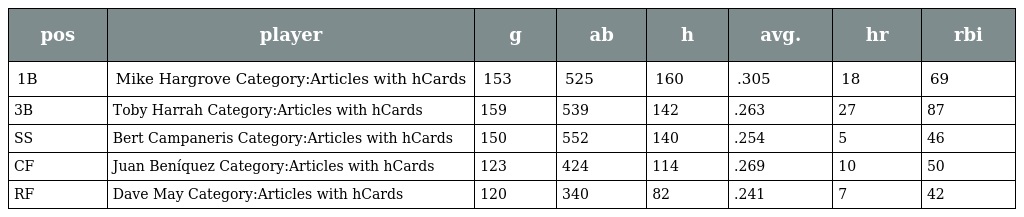
| pos | player | g | ab | h | avg. | hr | rbi |
 | --- | --- | --- | --- | --- | --- | --- | --- |
 | 1B | Mike Hargrove Category:Articles with hCards | 153 | 525 | 160 | .305 | 18 | 69 |
 | 3B | Toby Harrah Category:Articles with hCards | 159 | 539 | 142 | .263 | 27 | 87 |
 | SS | Bert Campaneris Category:Articles with hCards | 150 | 552 | 140 | .254 | 5 | 46 |
 | CF | Juan Beníquez Category:Articles with hCards | 123 | 424 | 114 | .269 | 10 | 50 |
 | RF | Dave May Category:Articles with hCards | 120 | 340 | 82 | .241 | 7 | 42 |